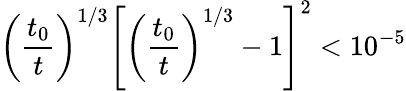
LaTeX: \left(\frac{t_{0}}{t}\right)^{1/3}\left[\left(\frac{t_{0}}{t}\right)^{1/3}-1\right]^{2}<10^{-5}